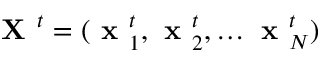
\textbf { X } ^ { t } = ( \textbf { x } _ { 1 } ^ { t } , \textbf { x } _ { 2 } ^ { t } , \dots \textbf { x } _ { N } ^ { t } )